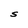
Character: S